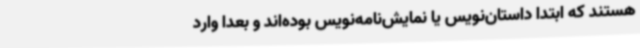
هستند که ابتدا داستان‌نویس یا نمایش‌نامه‌نویس بوده‌اند و بعدا وارد